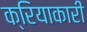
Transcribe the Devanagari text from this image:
क्रियाकारी